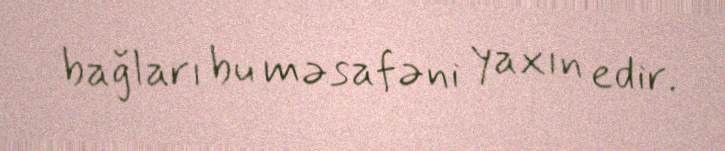
bağları bu məsafəni yaxın edir.